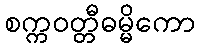
စက္ကဝတ္တီဓမ္မိကော